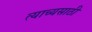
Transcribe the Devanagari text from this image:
त्याच्यसाठी